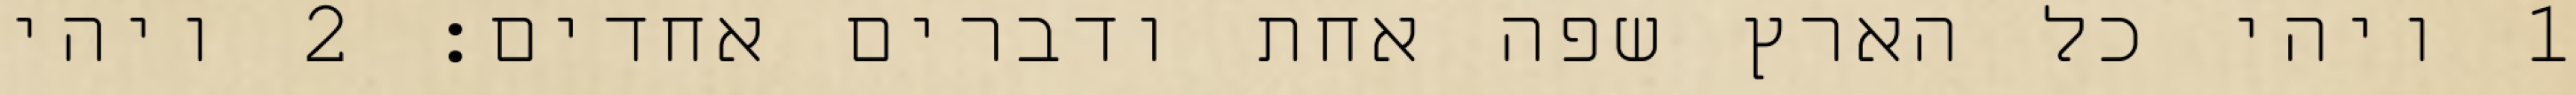
1 ויהי כל הארץ שפה אחת ודברים אחדים׃ ‎2‏ ויהי